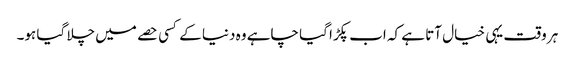
ہر وقت یہی خیال آتا ہے کہ اب پکڑا گیا چاہے وہ دنیا کے کسی حصے میں چلا گیا ہو۔